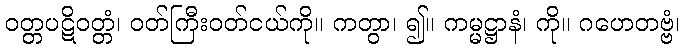
ဝတ္တပဋိဝတ္တံ၊ ဝတ်ကြီးဝတ်ငယ်ကို။ ကတွာ၊ ၍။ ကမ္မဋ္ဌာနံ၊ ကို။ ဂဟေတဗ္ဗံ၊